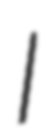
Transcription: I